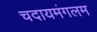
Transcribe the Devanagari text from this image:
चदायमंगलम